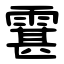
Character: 䨢